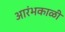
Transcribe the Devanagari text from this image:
आरंभकाळी